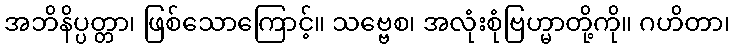
အဘိနိပ္ပတ္တာ၊ ဖြစ်သောကြောင့်။ သဗ္ဗေစ၊ အလုံးစုံဗြဟ္မာတို့ကို။ ဂဟိတာ၊